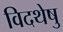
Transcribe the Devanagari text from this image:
विदथेषु